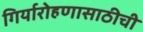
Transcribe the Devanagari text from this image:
गिर्यारोहणासाठीची